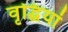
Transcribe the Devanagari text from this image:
वृद्धियां